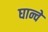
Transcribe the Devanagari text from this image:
घान्चे